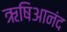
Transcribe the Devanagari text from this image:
ऋषिआनंद